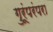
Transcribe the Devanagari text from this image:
गुरूंपरंपरा